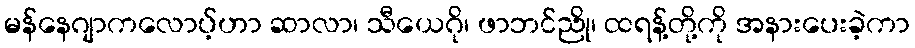
မန်နေဂျာကလောပ့်ဟာ ဆာလာ၊ သီယေဂို၊ ဖာဘင်ညို၊ ထရန့်တို့ကို အနားပေးခဲ့ကာ